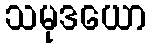
သမုဒယော